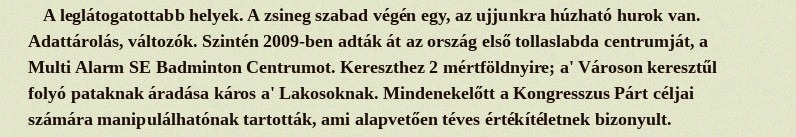
A leglátogatottabb helyek. A zsineg szabad végén egy, az ujjunkra húzható hurok van. Adattárolás, változók. Szintén 2009-ben adták át az ország első tollaslabda centrumját, a Multi Alarm SE Badminton Centrumot. Kereszthez 2 mértföldnyire; a' Városon keresztűl folyó pataknak áradása káros a' Lakosoknak. Mindenekelőtt a Kongresszus Párt céljai számára manipulálhatónak tartották, ami alapvetően téves értékítéletnek bizonyult.